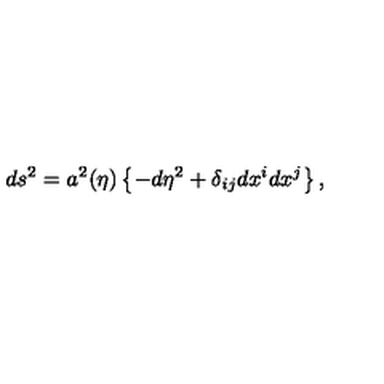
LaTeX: d s ^ { 2 } = a ^ { 2 } ( \eta ) \left\{ - d \eta ^ { 2 } + \delta _ { i j } d x ^ { i } d x ^ { j } \right\} ,